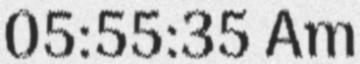
05:55:35 Am